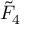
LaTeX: { \tilde { F } } _ { 4 }